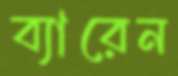
ব্যারেন